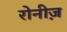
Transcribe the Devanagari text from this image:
रोनीज़